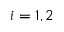
i = 1 , 2